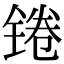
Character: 锩